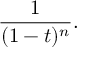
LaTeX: { \frac { 1 } { ( 1 - t ) ^ { n } } } .